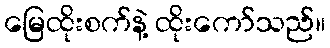
မြေထိုးစက်နဲ့ ထိုးကော်သည်။